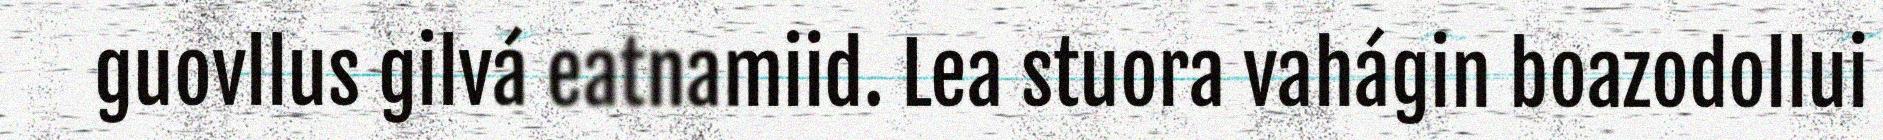
guovllus gilvá eatnamiid. Lea stuora vahágin boazodollui